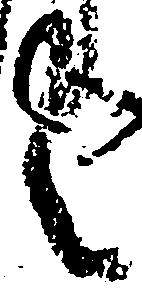
言